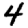
Digit: 4